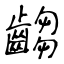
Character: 齺